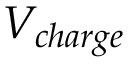
V _ { c h a r g e }